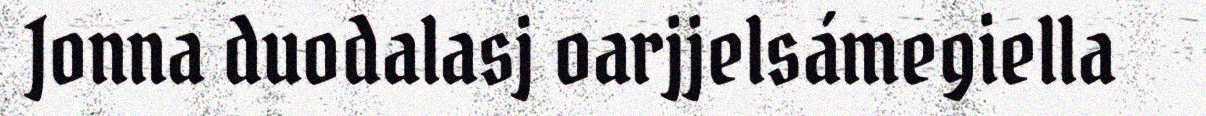
Jonna duodalasj oarjjelsámegiella